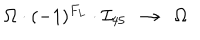
\Omega \cdot ( - 1 ) ^ { F _ { L } } \cdot { \mathcal I } _ { 4 5 } ~ ~ \to ~ ~ \Omega